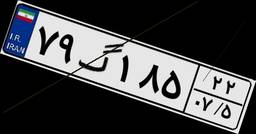
۷۹گ۱۸۵۲۲